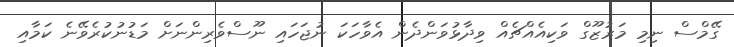
ގޭމްސް ނިމި މަރުޒޫގް ވަކިއެއްޗެއް ވިދާޅުވަންދެން އެވާހަކަ ނުޖަހައި ނޫސްވެރިންނަށް މަޑުނުކުރެވޭނެ ކަމާއި